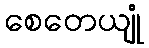
စေတေယျုံ